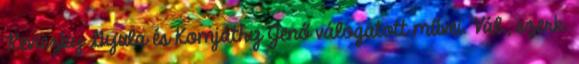
Reviczky Gyula és Komjáthy Jenő válogatott művei. Vál., szerk.